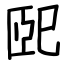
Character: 巸